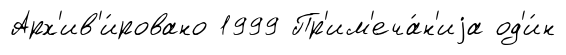
Арх'ив'и́ровано 1999 Пр'им'еча́н'иjа од'и́н